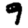
Digit: 9